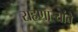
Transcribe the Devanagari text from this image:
राहणाऱ्यांचे